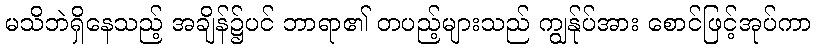
မသိဘဲရှိနေသည့် အချိန်၌ပင် ဘာရာ၏ တပည့်များသည် ကျွန်ုပ်အား စောင်ဖြင့်အုပ်ကာ